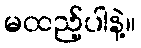
မထည့်ပါနဲ့။